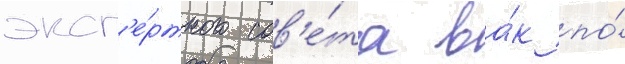
эксп'е́ртного сов'е́та ва́к по́